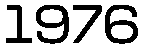
1976